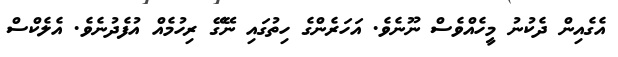
އެގެއިން ދެކުނު މީހެއްވެސް ނޫނެވެ. އަހަރެންގެ ހިތުގައި ނޭގޭ ރިހުމެއް އުފެދުނެވެ. އެލެކްސް